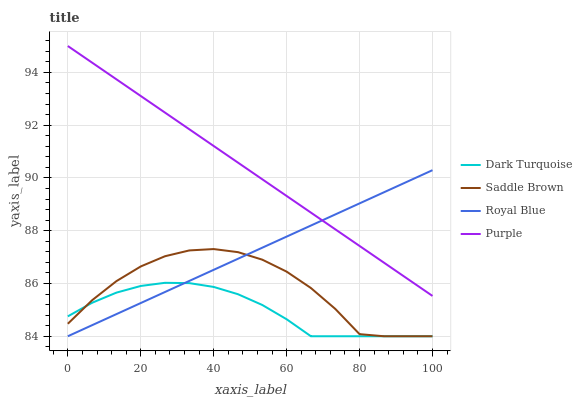
| xaxis_label | Dark Turquoise | Saddle Brown | Royal Blue | Purple |
 | --- | --- | --- | --- | --- |
 | 0 | 84.8 | 84.5 | 84 | 95 |
 | 6.67 | 85.3 | 85.4 | 84.4 | 94.4 |
 | 13.3 | 85.7 | 86.1 | 84.8 | 93.7 |
 | 20 | 85.9 | 86.6 | 85.3 | 93.1 |
 | 26.7 | 86 | 87 | 85.7 | 92.5 |
 | 33.3 | 86 | 87.3 | 86.1 | 91.8 |
 | 40 | 85.9 | 87.3 | 86.5 | 91.2 |
 | 46.7 | 85.6 | 87.2 | 86.9 | 90.6 |
 | 53.3 | 85.2 | 86.9 | 87.4 | 89.9 |
 | 60 | 84.6 | 86.4 | 87.8 | 89.3 |
 | 66.7 | 84 | 85.8 | 88.2 | 88.7 |
 | 73.3 | 84 | 85 | 88.6 | 88.1 |
 | 80 | 84 | 84.1 | 89 | 87.4 |
 | 86.7 | 84 | 84 | 89.5 | 86.8 |
 | 93.3 | 84 | 84 | 89.9 | 86.2 |
 | 100 | 84 | 84 | 90.3 | 85.5 |